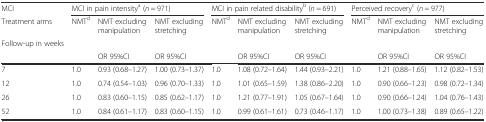
<table><thead><tr><td><b>MCI</b></td><td colspan="3"><b>MCI in pain intensity<sup>a</sup> (<i>n</i> = 971)</b></td><td colspan="3"><b>MCI in pain related disability<sup>b</sup> (<i>n</i> = 691)</b></td><td colspan="3"><b>Perceived recovery<sup>c</sup> (<i>n</i> = 977)</b></td></tr><tr><td><b>Treatment arms</b></td><td><b>NMT<sup>d</sup></b></td><td><b>NMT excluding manipulation</b></td><td><b>NMT excluding stretching</b></td><td><b>NMT<sup>d</sup></b></td><td><b>NMT excluding manipulation</b></td><td><b>NMT excluding stretching</b></td><td><b>NMT<sup>d</sup></b></td><td><b>NMT excluding manipulation</b></td><td><b>NMT excluding stretching</b></td></tr><tr><td><b>Follow-up in weeks</b></td><td></td><td></td><td></td><td></td><td></td><td></td><td></td><td></td><td></td></tr><tr><td></td><td></td><td><b>OR 95%CI</b></td><td><b>OR 95%CI</b></td><td></td><td><b>OR 95%CI</b></td><td><b>OR 95%CI</b></td><td></td><td><b>OR 95%CI</b></td><td><b>OR 95%CI</b></td></tr></thead><tbody><tr><td>7</td><td>1.0</td><td>0.93 (0.68–1.27)</td><td>1.00 (0.73–1.37)</td><td>1.0</td><td>1.08 (0.72–1.64)</td><td>1.44 (0.93–2.21)</td><td>1.0</td><td>1.21 (0.88–1.65)</td><td>1.12 (0.82–1.53)</td></tr><tr><td>12</td><td>1.0</td><td>0.74 (0.54–1.03)</td><td>0.96 (0.70–1.33)</td><td>1.0</td><td>1.01 (0.65–1.59)</td><td>1.38 (0.86–2.20)</td><td>1.0</td><td>0.90 (0.66–1.23)</td><td>0.98 (0.72–1.34)</td></tr><tr><td>26</td><td>1.0</td><td>0.83 (0.60–1.15)</td><td>0.85 (0.62–1.17)</td><td>1.0</td><td>1.21 (0.77–1.91)</td><td>1.05 (0.67–1.64)</td><td>1.0</td><td>0.90 (0.66–1.24)</td><td>1.04 (0.76–1.43)</td></tr><tr><td>52</td><td>1.0</td><td>0.84 (0.61–1.17)</td><td>0.83 (0.60–1.15)</td><td>1.0</td><td>0.99 (0.61–1.61)</td><td>0.73 (0.46–1.17)</td><td>1.0</td><td>1.00 (0.73–1.38)</td><td>0.89 (0.65–1.22)</td></tr></tbody></table>